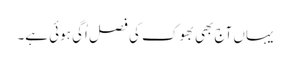
یہاں آج بھی بھوک کی فصل اُگی ہوئی ہے۔